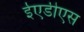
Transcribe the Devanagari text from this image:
ईएडीएस